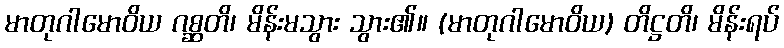
မာတုဂါမောဝိယ ဂစ္ဆတိ၊ မိန်းမသွား သွား၏။ (မာတုဂါမောဝိယ) တိဋ္ဌတိ၊ မိန်းရပ်